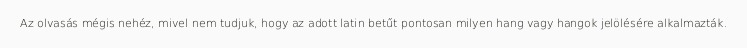
Az olvasás mégis nehéz, mivel nem tudjuk, hogy az adott latin betűt pontosan milyen hang vagy hangok jelölésére alkalmazták.